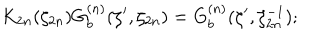
LaTeX: K _ { 2 n } ( \zeta _ { 2 n } ) G _ { b } ^ { ( n ) } ( \zeta ^ { \prime } , \zeta _ { 2 n } ) = G _ { b } ^ { ( n ) } ( \zeta ^ { \prime } , \zeta _ { 2 n } ^ { - 1 } ) ;